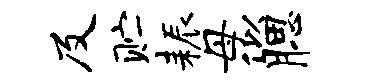
及贮耨母似腮